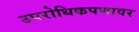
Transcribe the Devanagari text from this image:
उपरोधिकपणावर